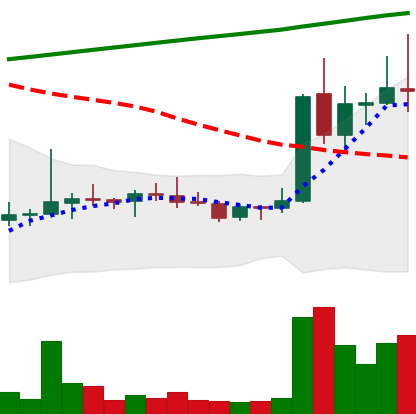
Ticker: DOGE-USD
Chart end date: 2021-08-12
Forward return: 13.459%
Label: up_7plus